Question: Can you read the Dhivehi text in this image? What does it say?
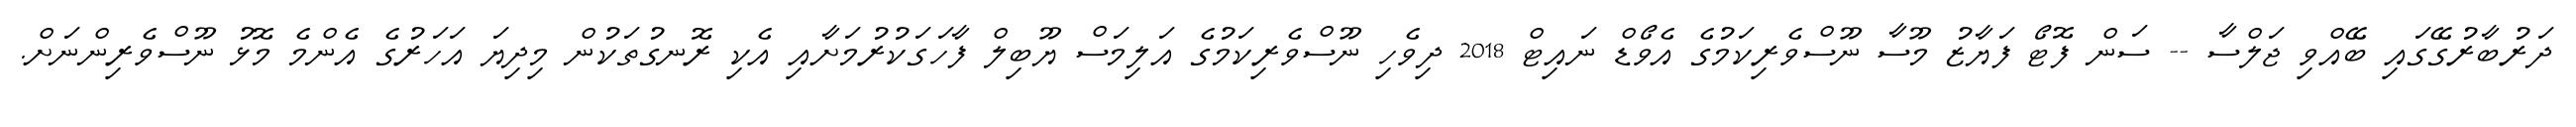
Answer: ދަރުބާރުގޭގައި ބޭއްވި ޖަލްސާ -- ސަން ފޮޓޯ ފަޔާޒު މޫސާ ނޫސްވެރިކަމުގެ އެވޯޑް ނައިޓް 2018 ދިވެހި ނޫސްވެރިކަމުގެ އަލިމަސް ޔޫބިލް ފާހަގަކުރުމަށާއި އެކި ރޮނގުތަކުން މިދިޔަ އަހަރުގެ އެންމެ މޮޅު ނޫސްވެރިންނަށް.